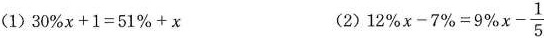
（1）$$3 0 % x + 1 = 5 1 % + x $$ (2）$$1 2 % x - 7 % = 9 % x - \frac { 1 } { 5 }$$